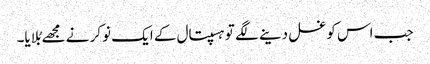
جب اس کو غسل دینے لگے تو ہسپتال کے ایک نوکر نے مجھے بُلایا۔